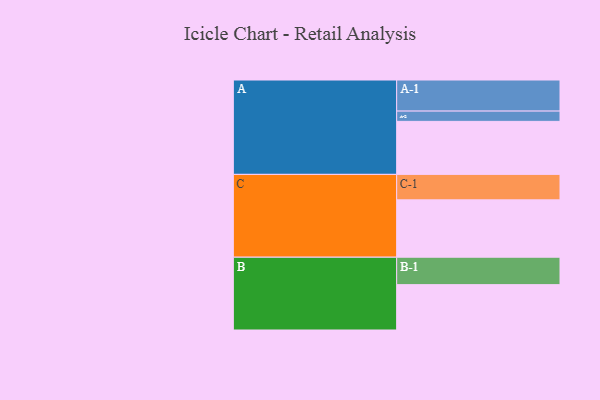
{"axis": {"x": "Segment", "y": "Value"}, "legend": ["", "A", "B", "C"], "data": [{"x": "A", "y": 464, "type": ""}, {"x": "B", "y": 397, "type": ""}, {"x": "C", "y": 502, "type": ""}, {"x": "A-1", "y": 272, "type": "A"}, {"x": "A-2", "y": 90, "type": "A"}, {"x": "B-1", "y": 240, "type": "B"}, {"x": "C-1", "y": 223, "type": "C"}]}